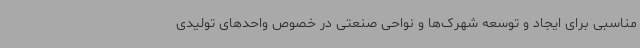
مناسبی برای ایجاد و توسعه شهرک‌ها و نواحی صنعتی در خصوص واحدهای تولیدی